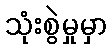
သုံးစွဲမှုမှာ